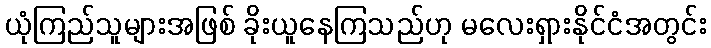
ယုံကြည်သူများအဖြစ် ခိုးယူနေကြသည်ဟု မလေးရှားနိုင်ငံအတွင်း